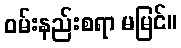
ဝမ်းနည်းစရာ မမြင်။